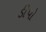
ડીપો